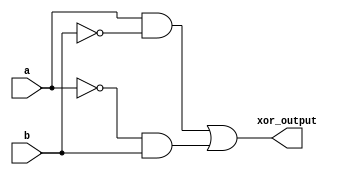
module xor_gate_using_transmission_gates (
  input wire a,
  input wire b,
  output wire xor_output
);

wire a_and_b_bar;
wire a_bar_and_b;

assign a_and_b_bar = a & ~b;
assign a_bar_and_b = ~a & b;

assign xor_output = a_and_b_bar | a_bar_and_b;

endmodule